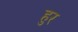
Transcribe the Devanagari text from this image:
हुर